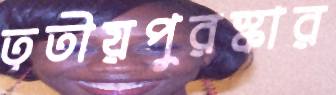
তৃতীয়পুরস্কার